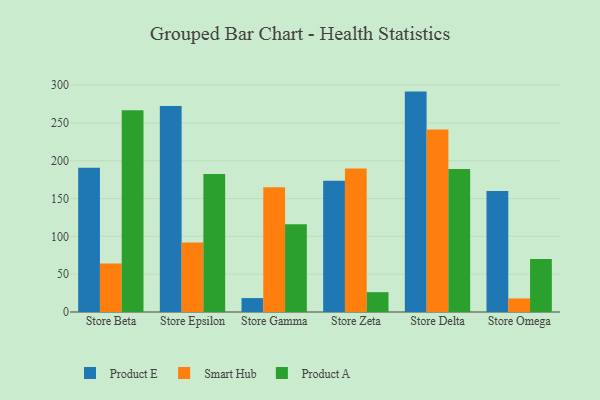
{"axis": {"x": "Store", "y": "Temperature (°C)"}, "legend": ["Product A", "Product E", "Smart Hub"], "data": [{"x": "Store Beta", "y": 190.6, "type": "Product E"}, {"x": "Store Beta", "y": 64.1, "type": "Smart Hub"}, {"x": "Store Beta", "y": 266.8, "type": "Product A"}, {"x": "Store Epsilon", "y": 272.3, "type": "Product E"}, {"x": "Store Epsilon", "y": 91.8, "type": "Smart Hub"}, {"x": "Store Epsilon", "y": 182.4, "type": "Product A"}, {"x": "Store Gamma", "y": 18.4, "type": "Product E"}, {"x": "Store Gamma", "y": 165.0, "type": "Smart Hub"}, {"x": "Store Gamma", "y": 116.0, "type": "Product A"}, {"x": "Store Zeta", "y": 173.4, "type": "Product E"}, {"x": "Store Zeta", "y": 189.6, "type": "Smart Hub"}, {"x": "Store Zeta", "y": 26.2, "type": "Product A"}, {"x": "Store Delta", "y": 291.4, "type": "Product E"}, {"x": "Store Delta", "y": 241.3, "type": "Smart Hub"}, {"x": "Store Delta", "y": 189.2, "type": "Product A"}, {"x": "Store Omega", "y": 160.0, "type": "Product E"}, {"x": "Store Omega", "y": 17.9, "type": "Smart Hub"}, {"x": "Store Omega", "y": 70.0, "type": "Product A"}]}